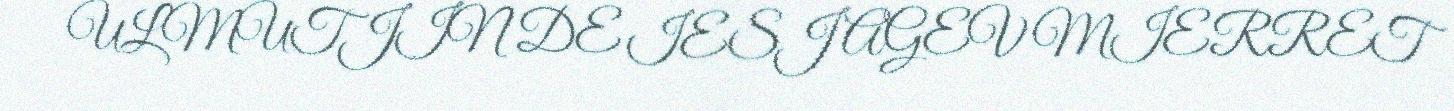
ULMUTJIN DE IESJ AGEV MIERRET